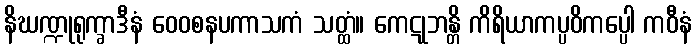
နိဃဏ္ဍုရုက္ခာဒီနံ ဝေဝစနပကာသကံ သတ္ထံ။ ကေဋုဘန္တိ ကိရိယာကပ္ပဝိကပ္ပေါ ကဝီနံ